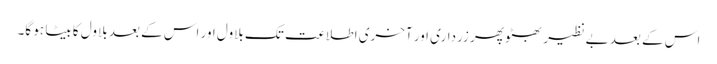
اس کے بعد بے نظیر بھٹو پھر زرداری اور آخری اطلاعت تک بلاول اور اس کے بعد بلاول کا بیٹا ہو گا۔